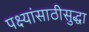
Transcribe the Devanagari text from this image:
पक्ष्यांसाठीसुद्धा